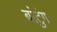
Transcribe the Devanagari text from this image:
बांटुंग